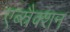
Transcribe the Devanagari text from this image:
एब्स्रैक्शन